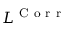
L ^ { \mathrm { ~ C ~ o ~ r ~ r ~ } }